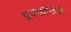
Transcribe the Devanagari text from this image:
पूर्वपीठिके